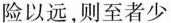
险以远，则至者少